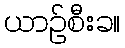
ယာဉ်စီးခ။